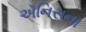
ઍનિસના